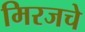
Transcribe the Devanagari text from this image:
मिरजचे